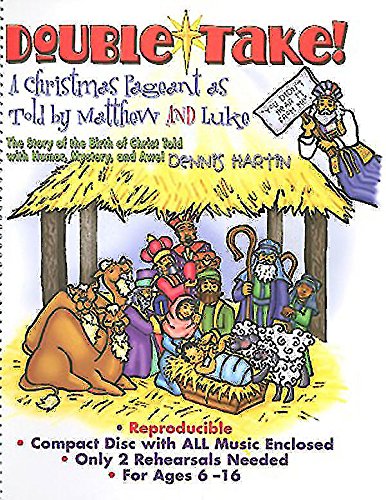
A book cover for Double-Take!: A Christmas Pageant as told by Matthew and Luke with Mystery, Humor, and Awe; Dennis Hartin; Christian Books & Bibles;